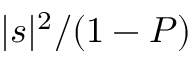
{ | s | ^ { 2 } } / ( 1 - P )